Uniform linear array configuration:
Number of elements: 12
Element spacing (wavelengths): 0.75
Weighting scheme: exponential
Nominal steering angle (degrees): -60
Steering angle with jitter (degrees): -61.871
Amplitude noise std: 0.05
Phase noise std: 0.05

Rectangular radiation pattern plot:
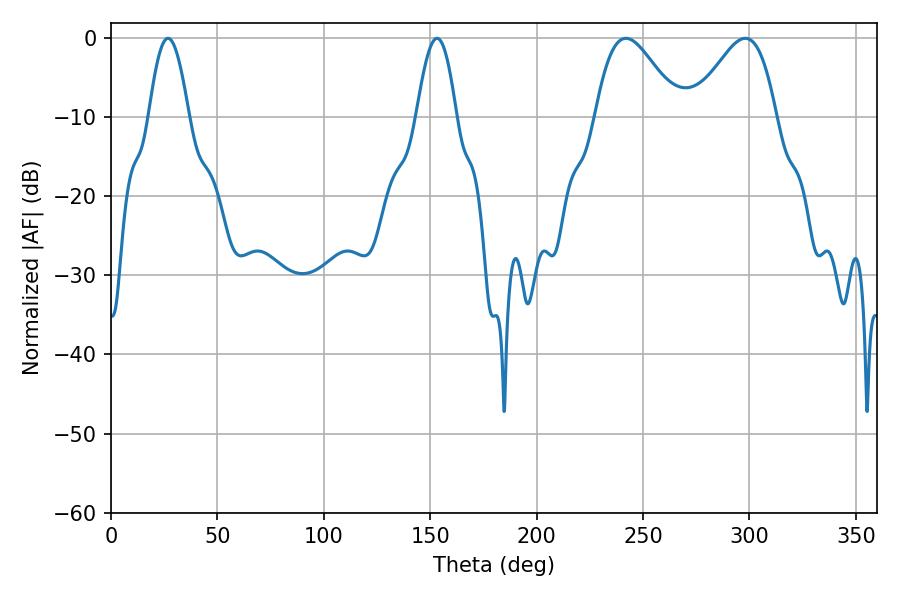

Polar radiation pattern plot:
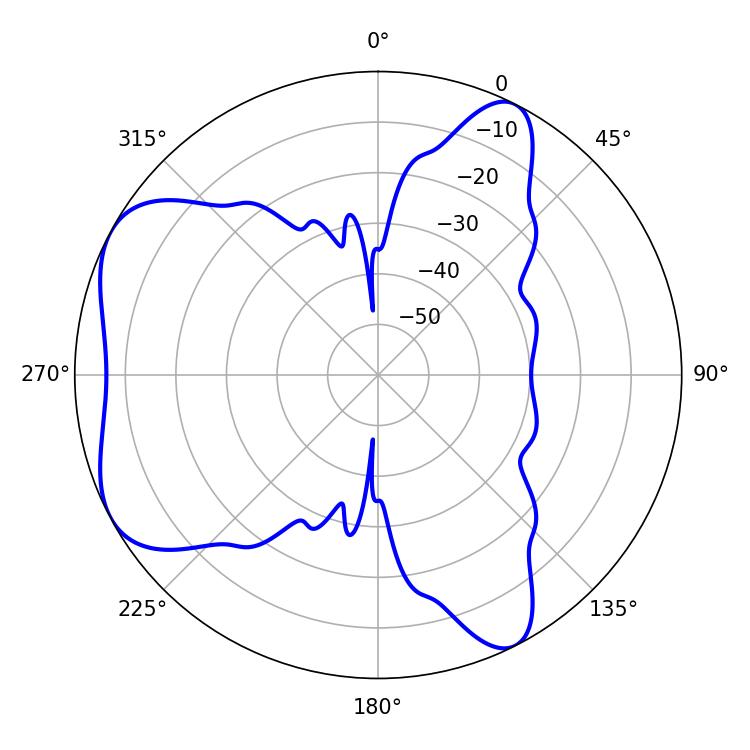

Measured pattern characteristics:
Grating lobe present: TRUE
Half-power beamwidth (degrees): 20.7
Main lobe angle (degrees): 298.08